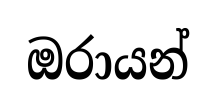
ඔරායන්